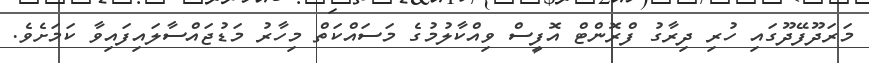
މަރަދޫފޭދޫގައި ހުރި ދިރާގު ފްރޮންޓް އޮފީސް ވިއްކާލުމުގެ މަސައްކަތް މިހާރު މަޑުޖައްސާލައިފައިވާ ކަމަށެވެ.